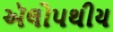
ઍલોપથીય